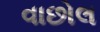
વાછોલ